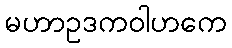
မဟာဥဒကဝါဟကေ